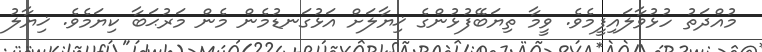
މުއްދަތު ހުޅުވާލައިފީމެވެ. ވީމާ ތިޔަބޭފުޅުންގެ ޚިޔާލަށް އަޅުގަނޑުމެން މެން މަރުޙަބާ ކިޔަމެވެ. ޚިޔާލު